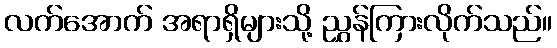
လက်အောက် အရာရှိများသို့ ညွှန်ကြားလိုက်သည်။